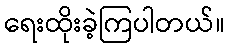
ရေးထိုးခဲ့ကြပါတယ်။